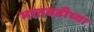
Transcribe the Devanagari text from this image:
भातवडीच्या